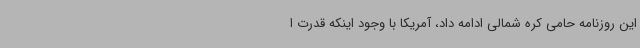
این روزنامه حامی کره شمالی ادامه داد، آمریکا با وجود اینکه قدرت ا